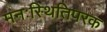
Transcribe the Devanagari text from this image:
मनःस्थितिपरक